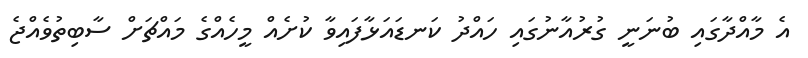
އެ މާއްދާގައި ބުނަނީ ގުރުއާނުގައި ހައްދު ކަނޑައަޅާފައިވާ ކުށެއް މީހެއްގެ މައްޗަށް ސާބިތުވެއްޖެ